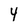
Character: 4